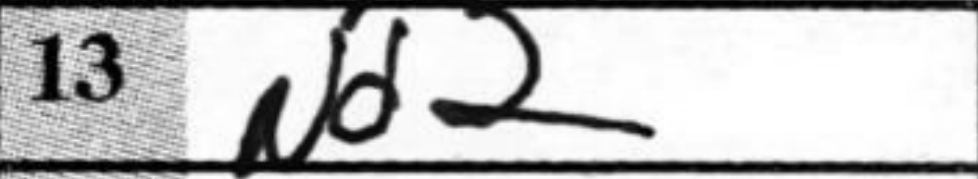
Transcription: Nd2